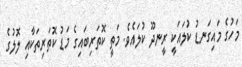
މަހުގެ މައިގަނޑު ކުލައަކީ ރީނދޫ ކުލައެވެ. މަތީ ކޮތަރިބައިގެ މަޑު ކޮތަރިތަކާއި ލޮލުގެ